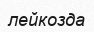
лейкозда